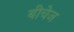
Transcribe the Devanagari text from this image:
बीचेज